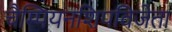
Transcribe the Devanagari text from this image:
चैम्पियनशिपविजेता